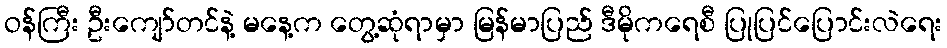
ဝန်ကြီး ဦးကျော်တင်နဲ့ မနေ့က တွေ့ဆုံရာမှာ မြန်မာပြည် ဒီမိုကရေစီ ပြုပြင်ပြောင်းလဲရေး